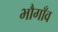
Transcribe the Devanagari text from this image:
भौगाँव